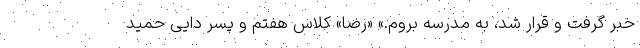
خبر گرفت و قرار شد، به مدرسه بروم.» «رضا» کلاس هفتم و پسر دایی حمید